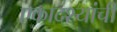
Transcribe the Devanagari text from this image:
एकादश्यांची